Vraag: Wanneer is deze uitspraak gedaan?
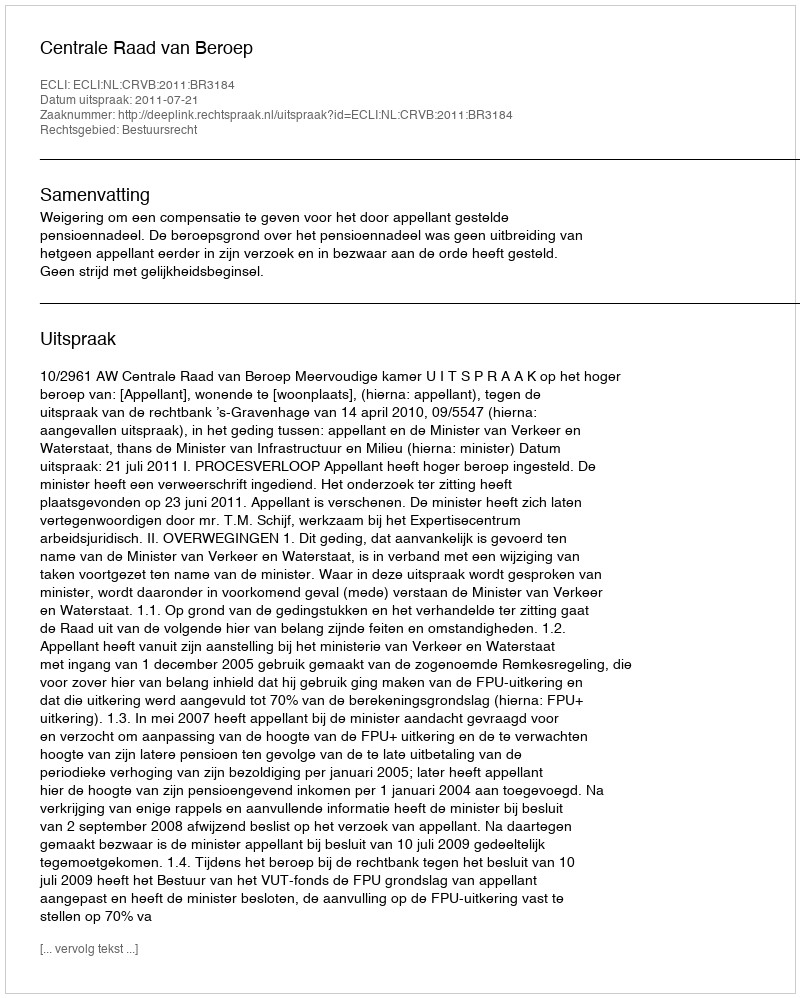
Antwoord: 2011-07-21